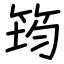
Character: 筠